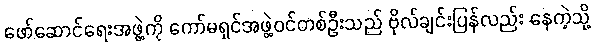
ဖော်ဆောင်ရေးအဖွဲ့ကို ကော်မရှင်အဖွဲ့ဝင်တစ်ဦးသည် ဗိုလ်ချင်းပြန်လည်း နေကဲ့သို့